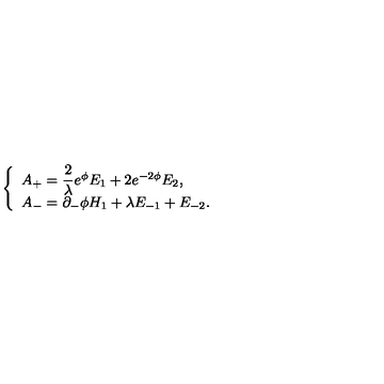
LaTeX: \left\{ \begin{array} { l } { A _ { + } = { \displaystyle \frac { 2 } { \lambda } } e ^ { \phi } E _ { 1 } + 2 e ^ { - 2 \phi } E _ { 2 } , } \\ { A _ { - } = \partial _ { - } \phi H _ { 1 } + \lambda E _ { - 1 } + E _ { - 2 } . } \\ \end{array} \right.